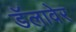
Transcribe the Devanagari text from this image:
डॅलावेर